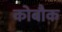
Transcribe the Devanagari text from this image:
कोबौक